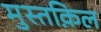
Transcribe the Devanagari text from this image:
मुस्तक़िल